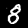
Digit: 8